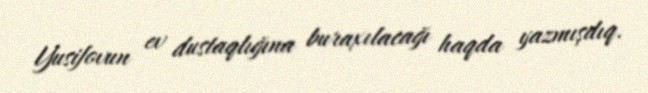
Yusifovun ev dustaqlığına buraxılacağı haqda yazmışdıq.